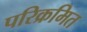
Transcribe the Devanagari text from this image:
परिक्रमित